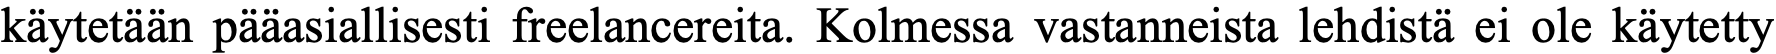
käytetään pääasiallisesti freelancereita. Kolmessa vastanneista lehdistä ei ole käytetty